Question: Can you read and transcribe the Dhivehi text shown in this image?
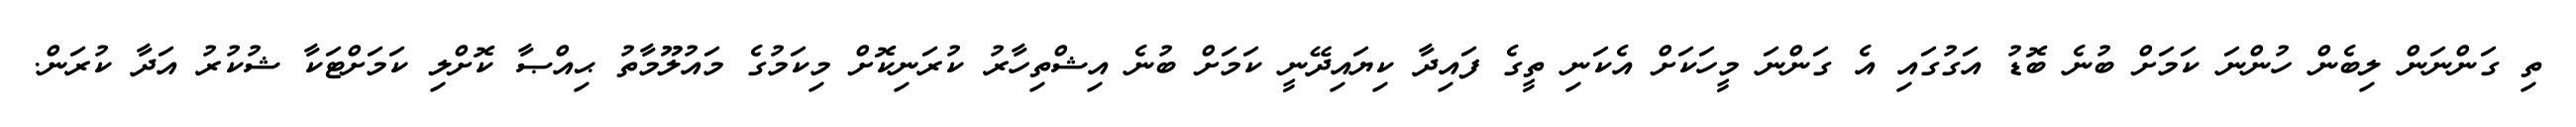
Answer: ތި ގަންނަން ލިބެން ހުންނަ ކަމަށް ބުނެ ބޮޑު އަގުގައި އެ ގަންނަ މީހަކަށް އެކަނި ތީގެ ފައިދާ ކިޔައިދޭނީ ކަމަށް ބުނެ އިޝްތިހާރު ކުރަނިކޮށް މިކަމުގެ މައުލޫމާތު ޙިއްޞާ ކޮށްލި ކަމަށްޓަކާ ޝުކުރު އަދާ ކުރަން.